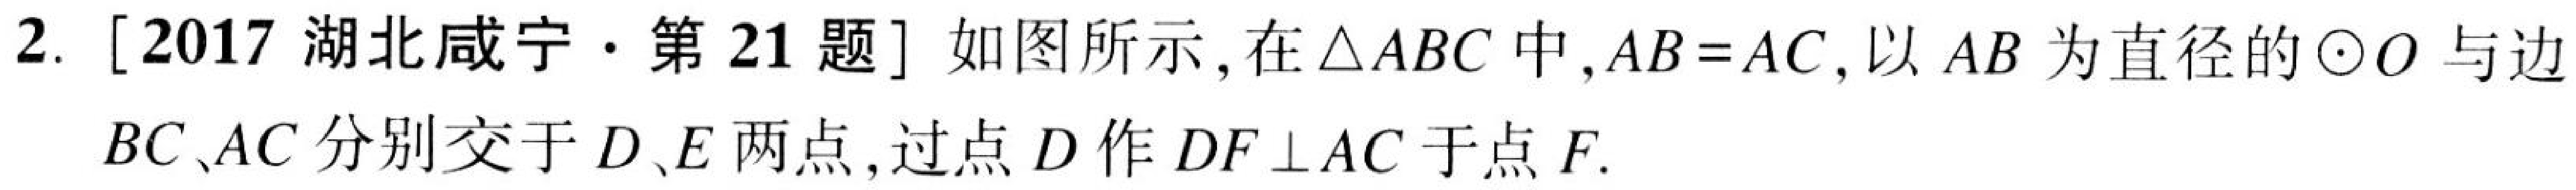
2. [2017湖北咸宁·第21题] 如图所示,在\(\triangle ABC\)中,\(AB = AC\),以\(AB\)为直径的\(\odot O\)与边\(BC、AC\)分别交于\(D、E\)两点,过点\(D\)作\(DF\perp AC\)于点\(F\).